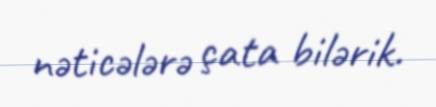
nəticələrə çata bilərik.